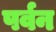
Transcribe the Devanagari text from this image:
पर्वन